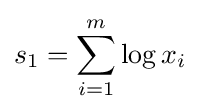
s_{1}=\sum _{i=1}^{m}\log x_{i}